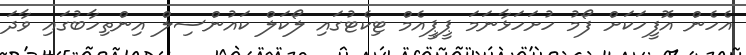
އެހެން އޮފީހަކަށް ފޯމު ހުށަހަޅާނަމަ ޕީޕީއެމް ޓިކެޓުގައި ލޯކަލް ކައުންސިލް އިންތިހާބުގައި ވާދަ